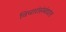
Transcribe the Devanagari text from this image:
विचारांसंबंधात